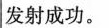
发射成功。